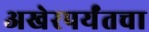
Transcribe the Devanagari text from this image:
अखेरपर्यंतचा